Lunatic asylums Central Provinces reports 1910-1926 - 1910-1926
Year: 1910
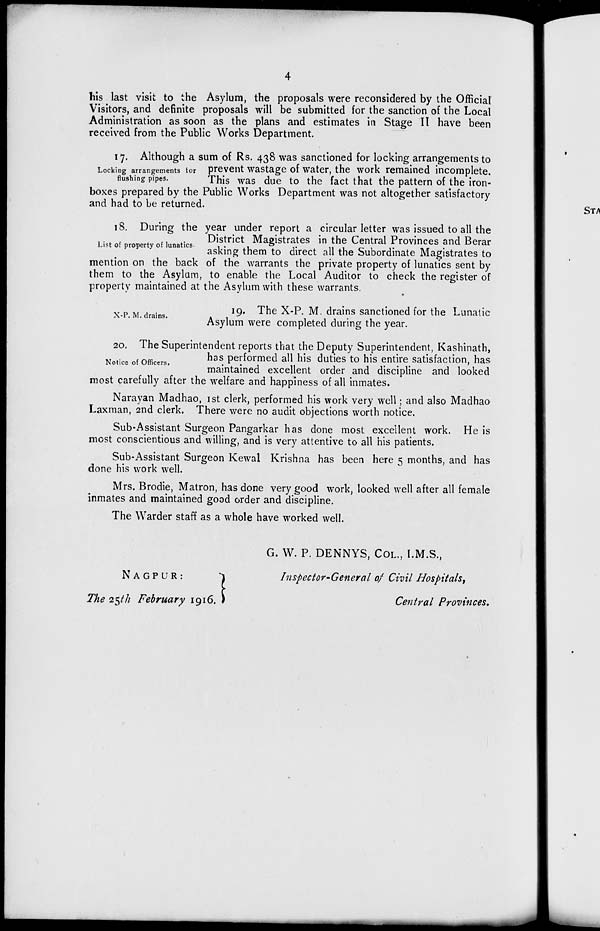
4
his last visit to the Asylum, the proposals were reconsidered by the Official
Visitors, and definite proposals will be submitted for the sanction of the Local
Administration as soon as the plans and estimates in Stage II have been
received from the Public Works Department.
Locking arrangements for
flushing pipes.
17. Although a sum of Rs. 438 was sanctioned for locking arrangements to
prevent wastage of water, the work remained incomplete.
This was due to the fact that the pattern of the iron-
boxes prepared by the Public Works Department was not altogether satisfactory
and had to be returned.
List of property of lunatics.
18. During the year under report a circular letter was issued to all the
District Magistrates in the Central Provinces and Berar
asking them to direct all the Subordinate Magistrates to
mention on the back of the warrants the private property of lunatics sent by
them to the Asylum, to enable the Local Auditor to check the register of
property maintained at the Asylum with these warrants.
X—P. M. drains.
19. The X-P. M. drains sanctioned for the Lunatic
Asylum were completed during the year.
Notice of Officers.
20. The Superintendent reports that the Deputy Superintendent, Kashinath,
has performed all his duties to his entire satisfaction, has
maintained excellent order and discipline and looked
most carefully after the welfare and happiness of all inmates.
Narayan Madhao, 1st clerk, performed his work very well; and also Madhao
Laxman, 2nd clerk. There were no audit objections worth notice,
Sub-Assistant Surgeon Pangarkar has done most excellent work. He is
most conscientious and willing, and is very attentive to all his patients.
Sub-Assistant Surgeon Kewal Krishna has been here 5 months, and has
done his work well.
Mrs. Brodie, Matron, has done very good work, looked well after all female
inmates and maintained good order and discipline.
The Warder staff as a whole have worked well.
G. W. P. DENNYS, COL., I.M.S.,
NAGPUR:
The 25th February 1916.
Inspector-General of Civil Hospitals,
Central Provinces.